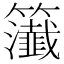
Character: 𥷰